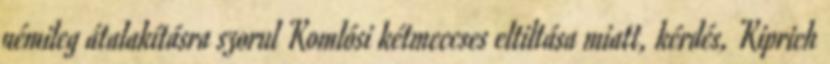
némileg átalakításra szorul Komlósi kétmeccses eltiltása miatt, kérdés, Kiprich